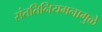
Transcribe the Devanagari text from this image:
संततिनियमनामुळे